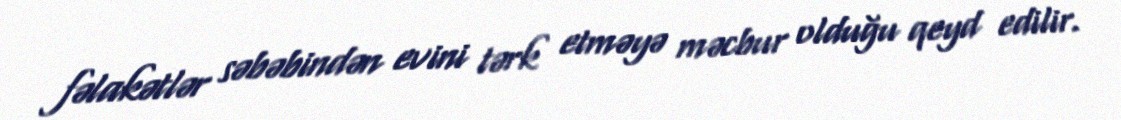
fəlakətlər səbəbindən evini tərk etməyə məcbur olduğu qeyd edilir.